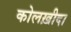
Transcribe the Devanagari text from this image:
कोलख़ीदा